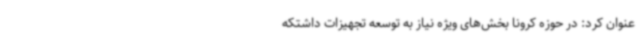
عنوان کرد: در حوزه کرونا بخش‌های ویژه نیاز به توسعه تجهیزات داشتکه